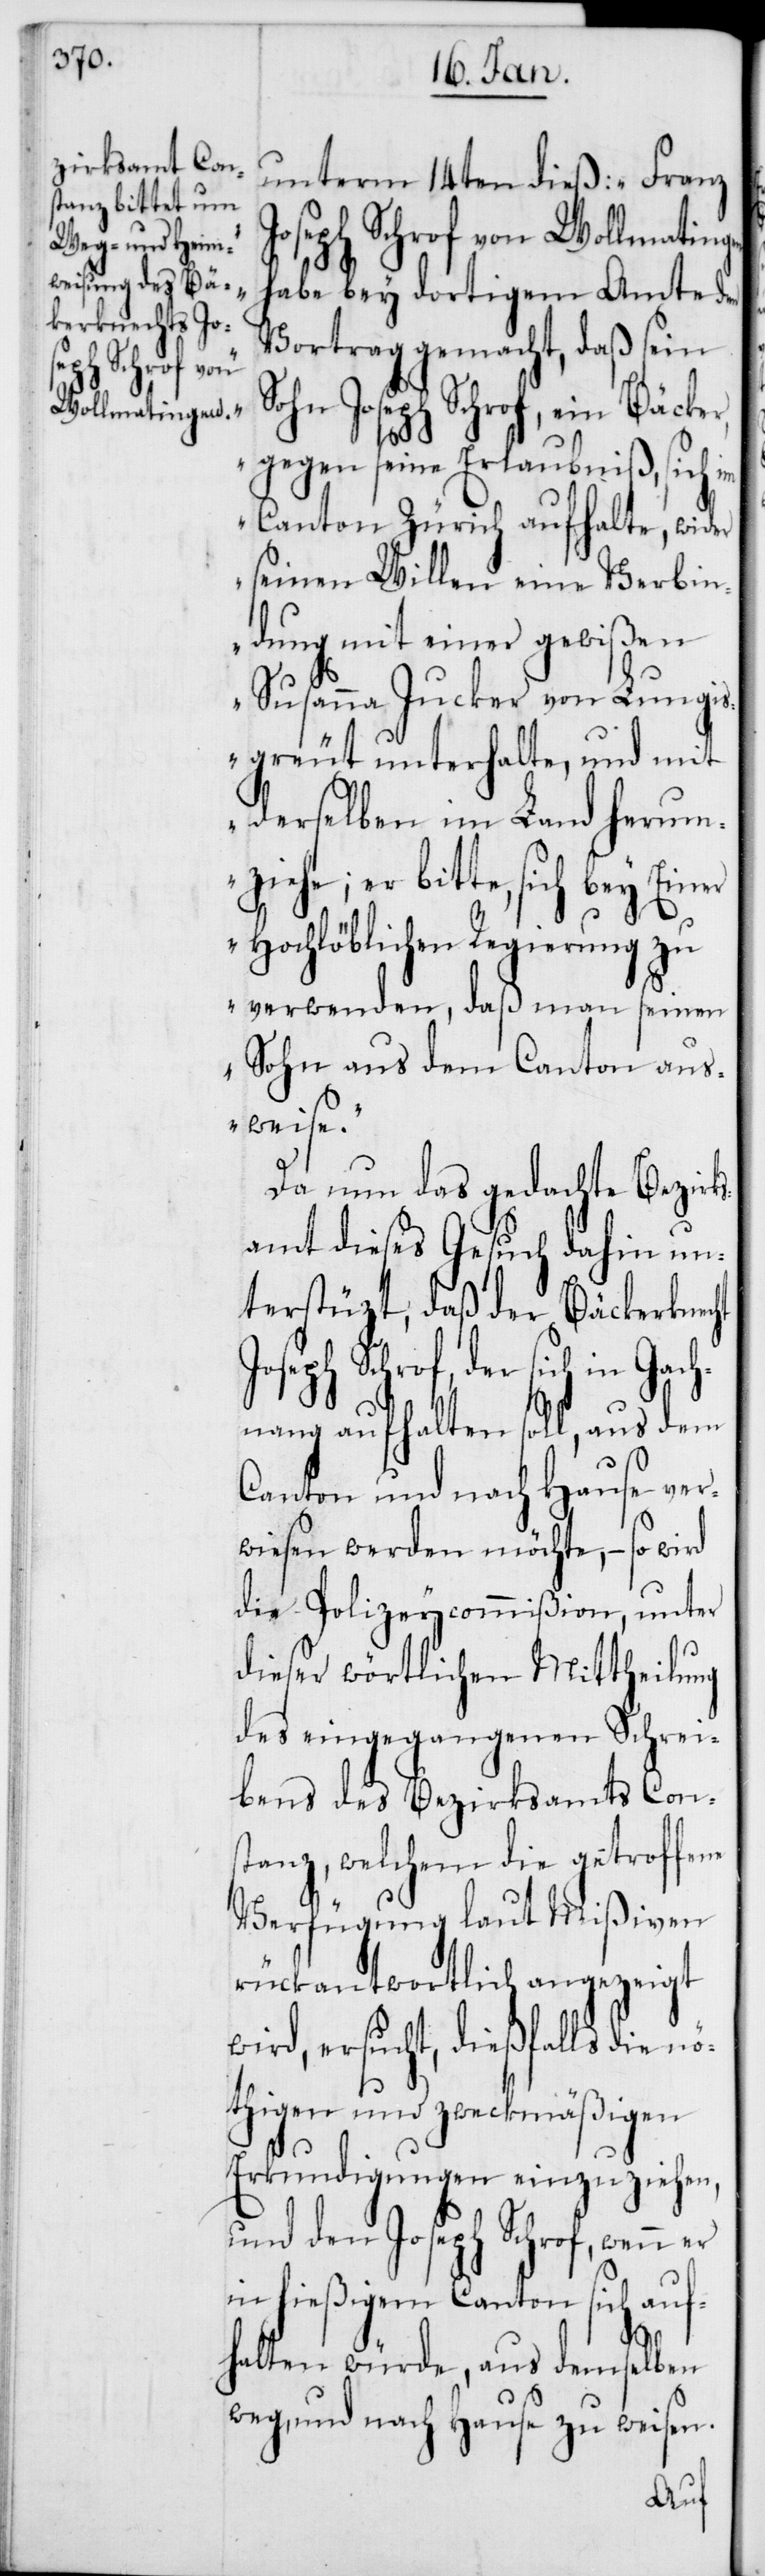
unterm 14ten dieß: „Franz
Joseph Schrof von Wollmatin¬
habe bey dortigem Amte
Vortrag gemacht, daß sein
ohn Joseph Schrof, ein Bäcker,
gegen seine Erlaubniß, sich im
Canton Zürich aufhalte, wider
seinen Willen eine Verbin¬
dung mit einer gewißen
Susanna Jucker von Lungi¬
sgreut unterhalte, und mit
derselben im Land herum¬
ziehe; er bitte, sich bey Einer
Hochlöblichen Regierung zu
verwenden, daß man seinen
Sohn aus dem Canton aus¬
weise.“
Da nun das gedachte Bezirk¬
samt dieses Gesuch dahin un¬
terstüzt, daß der Bäckerknecht
Schrof, der sich in Gac¬
hnang aufhalten soll, aus dem
Canton und nach Hause ver¬
wiesen werden möchte, – so wird
die Polizeycommißion, unter
dieser wörtlichen Mittheilung
des eingegangenen Schrei¬
bens des Bezirksamts Cons¬
tanz, welchem die getroffe¬
Verfügung laut Mißiven
rückantwortlich angezeigt
wird, ersucht, dießfalls die nö¬
thigen und zweckmäßigen
Erkundigungen einzuziehen,
und den Joseph Schrof, wenn
in hießigem Canton sich auf¬
halten würde, aus demselben
weg, und nach Hause zu weisen.
ne